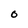
Character: 0